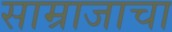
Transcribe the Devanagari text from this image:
साम्राजाचा